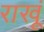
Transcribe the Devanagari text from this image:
राखूं